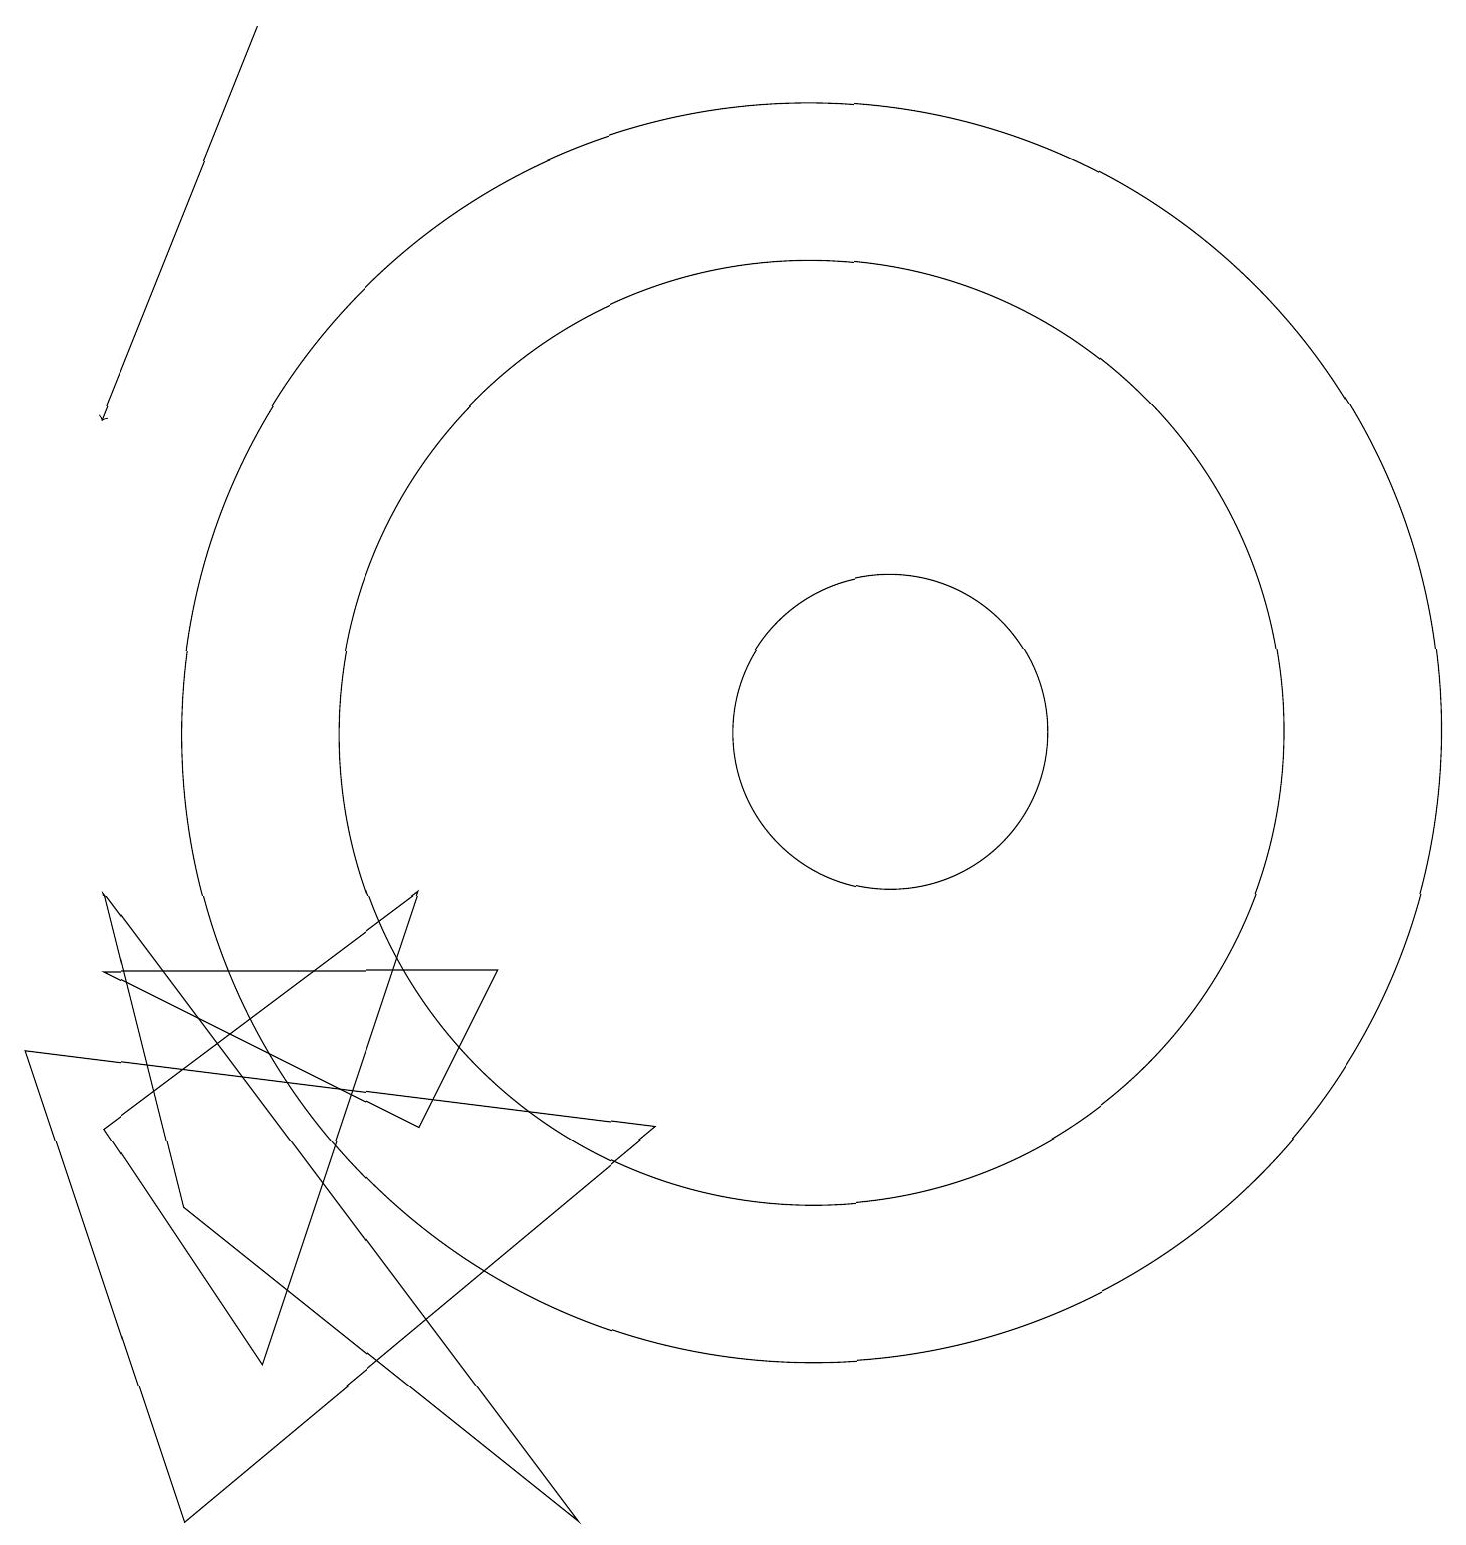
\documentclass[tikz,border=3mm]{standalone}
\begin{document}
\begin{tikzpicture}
\draw (6,5) -- (7,7) -- (2,7) -- cycle;
\draw (2,8) -- (8,0) -- (3,4) -- cycle;
\draw (11,10) circle (6);
\draw (6,8) -- (2,5) -- (4,2) -- cycle;
\draw (12,10) circle (2);
\draw[->] (4,19) -- (2,14);
\draw (3,0) -- (1,6) -- (9,5) -- cycle;
\draw (11,10) circle (8);
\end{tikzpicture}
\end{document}